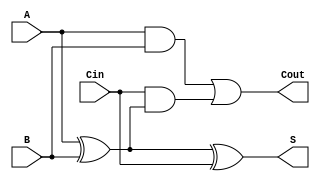
module LowPowerFullAdder (
    input wire A,      // First input bit
    input wire B,      // Second input bit
    input wire Cin,    // Carry-in bit
    output wire S,     // Sum output
    output wire Cout   // Carry-out output
);

// Internal signals for intermediate calculations
wire AxorB;         // Intermediate signal for A XOR B

// Logic for Sum (S) and Carry-out (Cout)
assign AxorB = A ^ B;           // A XOR B
assign S = AxorB ^ Cin;         // S = A XOR B XOR Cin
assign Cout = (A & B) | (Cin & AxorB); // Cout = (A AND B) OR (Cin AND (A XOR B))

endmodule